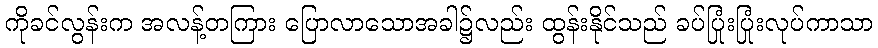
ကိုခင်လွန်းက အလန့်တကြား ပြောလာသောအခါ၌လည်း ထွန်းနိုင်သည် ခပ်ပြုံးပြုံးလုပ်ကာသာ